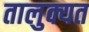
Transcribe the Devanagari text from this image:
तालुक्यत